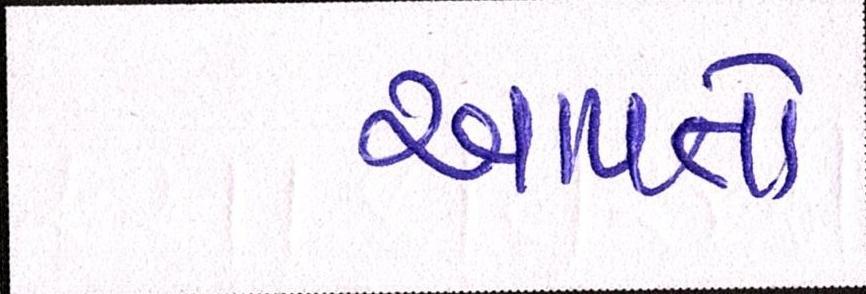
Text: આપતો